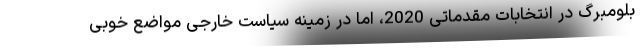
بلومبرگ در انتخابات مقدماتی 2020، اما در زمینه سیاست خارجی مواضع خوبی